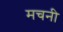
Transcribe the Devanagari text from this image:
मचनी